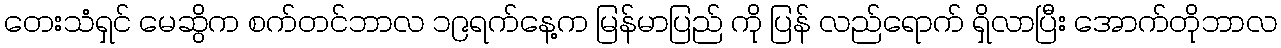
တေးသံရှင် မေဆွိက စက်တင်ဘာလ ၁၉ရက်နေ့က မြန်မာပြည် ကို ပြန် လည်ရောက် ရှိလာပြီး အောက်တိုဘာလ